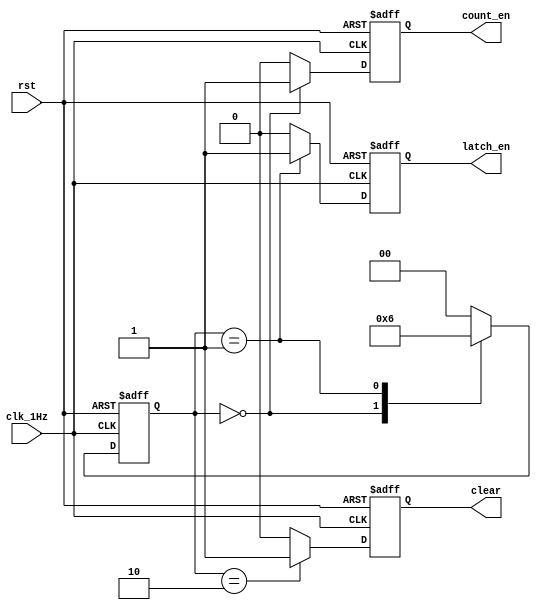
`timescale 1ns / 1ps
//////////////////////////////////////////////////////////////////////////////////
// blog: https://blog.csdn.net/Reborn_Lee
// Engineer: 
// Design Name: frequency detect
// Module Name: control
// 
//////////////////////////////////////////////////////////////////////////////////


module control(
    input wire clk_1Hz,
    input wire rst,
    output reg count_en,
    output reg latch_en,
    output reg clear

        );
        
    
    reg[1:0] state; //  

    
    always @(posedge clk_1Hz or posedge rst)  
    
    if(rst)   //  
    
        begin    //  
    
        state <= 2'd0;  
        count_en <= 1'b0;  
    
        latch_en <=1'b0;  
        clear <= 1'b0;  
    
        end  
    
        else    //1s  
    
        begin  
    
        case(state)  
    
                2'd0:   
                begin //1  
                count_en <= 1'b1;  //  
    
                latch_en <=1'b0;  
                clear <= 1'b0;  
    
                state <= 2'd1;  
            end  
            2'd1:  
    
            begin //  
    
                count_en <= 1'b0;  
                latch_en <=1'b1;  
    
                clear <= 1'b0;  
                state <= 2'd2;  
    
            end  
    
            2'd2:   
            begin //  
                count_en <= 1'b0;  
    
                latch_en <=1'b0;  
                clear <= 1'b1;  
    
                state <= 2'd0; //  
            end  
            default:  
            begin  
                count_en <= 1'b0;  
    
                latch_en <=1'b0;  
                clear <= 1'b0;  
    
                state <= 2'd0;  
            end  
                
        endcase  
                
        end      
endmodule